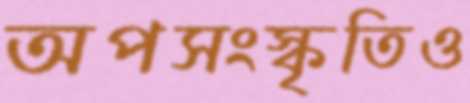
অপসংস্কৃতিও